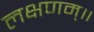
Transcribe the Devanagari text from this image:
लक्षणम्‌॥